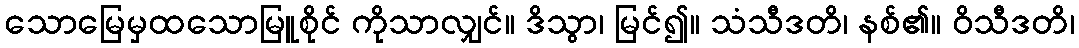
သောမြေမှထသောမြူစိုင် ကိုသာလျှင်။ ဒိသွာ၊ မြင်၍။ သံသီဒတိ၊ နစ်၏။ ဝိသီဒတိ၊